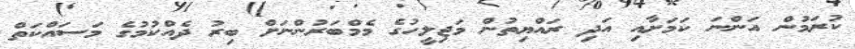
ކުރަމުން އަންނަ ކަމަށާއި އަދި ރައްޔިތުން މަޖިލީހުގެ މެމްބަރުންނަށް ބިރު ދެއްކުމުގެ މަސައްކަތް